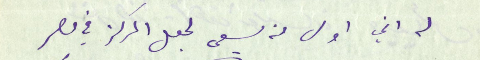
له اني اول من يسعى لجعل المركز في مصر